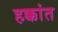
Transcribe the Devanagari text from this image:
हक्कांत